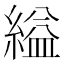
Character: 縊